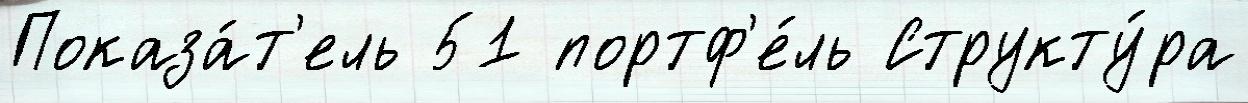
Показа́т'ель 51 портф'е́ль Структу́ра